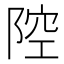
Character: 𱀞